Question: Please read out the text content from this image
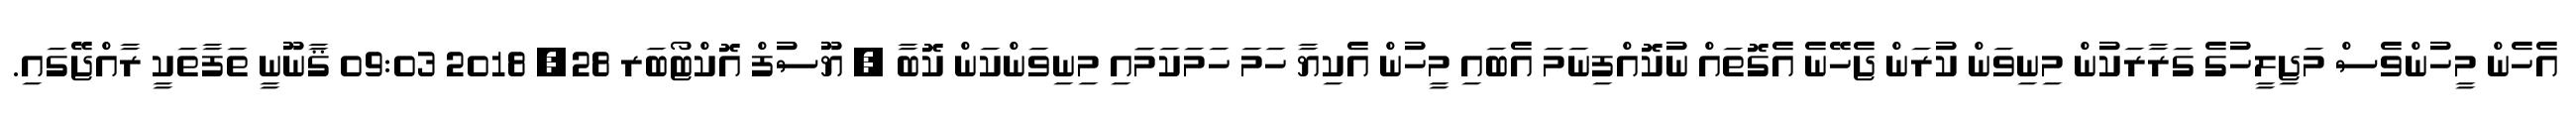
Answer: އެހެން މީހުންވެސް މަޖިލީހުގެ ގަރާރަކުން މިނިވަން ކުރަން ޖެހޭނެ އެގޮތައް ނުކޮއްފިނަމަ އެބައި މީހުން އެކިޔާ ހަމަ ހަމަކަމަައި މިނިވަންކަން ކޮބާ ? ޔޫސުފް އޮކްޓޯބަރ 28, 2018 09:03 ޤާނޫނީ ތަފާތަކީ ރާއްޖޭގައި.